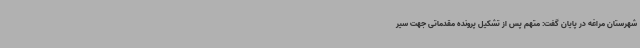
شهرستان مراغه در پایان گفت: متهم پس از تشکیل پرونده مقدماتی جهت سیر